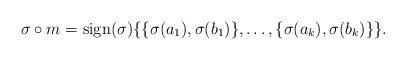
LaTeX: \begin{align*}\sigma \circ m = \mathrm{sign}(\sigma)\{ \{\sigma(a_1), \sigma(b_1)\}, \dots, \{\sigma(a_k), \sigma(b_k)\}\}.\end{align*}